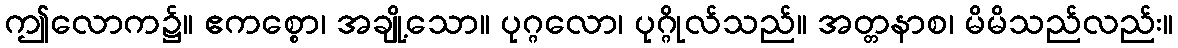
ဤလောက၌။ ဧကစ္စော၊ အချို့သော။ ပုဂ္ဂလော၊ ပုဂ္ဂိုလ်သည်။ အတ္တနာစ၊ မိမိသည်လည်း။